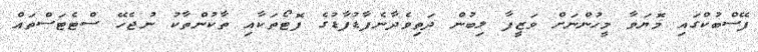
ފޭސްބުކްގައި މޮޔަވާ މީހުންނަށް ވަޒީފާ ލިބުން ދަތިވެދާނެފާޑުފާޑުގެ ފޮޓޯތަކާއި ތާކުންތާކު ނުޖެހޭ ސްޓެޓަސްތައް